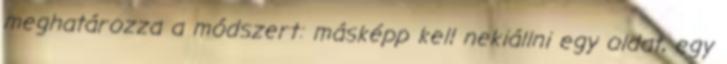
meghatározza a módszert: másképp kell nekiállni egy oldat, egy